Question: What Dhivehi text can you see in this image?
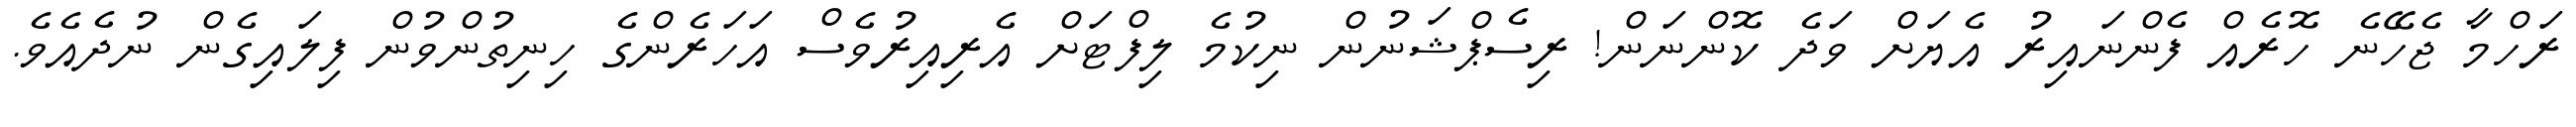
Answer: ރަހްމާ ޖެހޭނެ ހޮރެއް ފެންނައިރު އެޔަށް ވަދެ ކޮންނަން! ރިސެޕްޝަނުން ނިކުމެ ލިފްޓަށް އެރިއިރުވެސް އަހަރެންގެ ހިނިތުންވުން ފިލައިގެން ނުދެއެވެ.